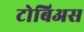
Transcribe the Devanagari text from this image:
टोबिअस